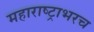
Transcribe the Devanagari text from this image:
महाराष्ट्राभरच